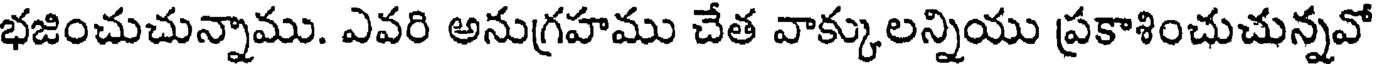
భజించుచున్నాము. ఎవరి అనుగ్రహము చేత వాక్కులన్నియు ప్రకాశించుచున్నవో